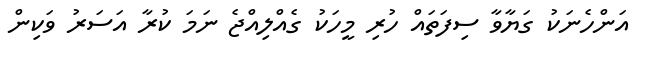
އަންހެނަކު ގަޔާވާ ސިފަތައް ހުރި މީހަކު ގެއްލިއްޖެ ނަމަ ކުރާ އަސަރު ވަކިން